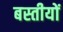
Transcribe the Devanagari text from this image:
बस्तीयों